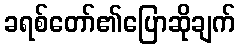
ခရစ်တော်၏ပြောဆိုချက်